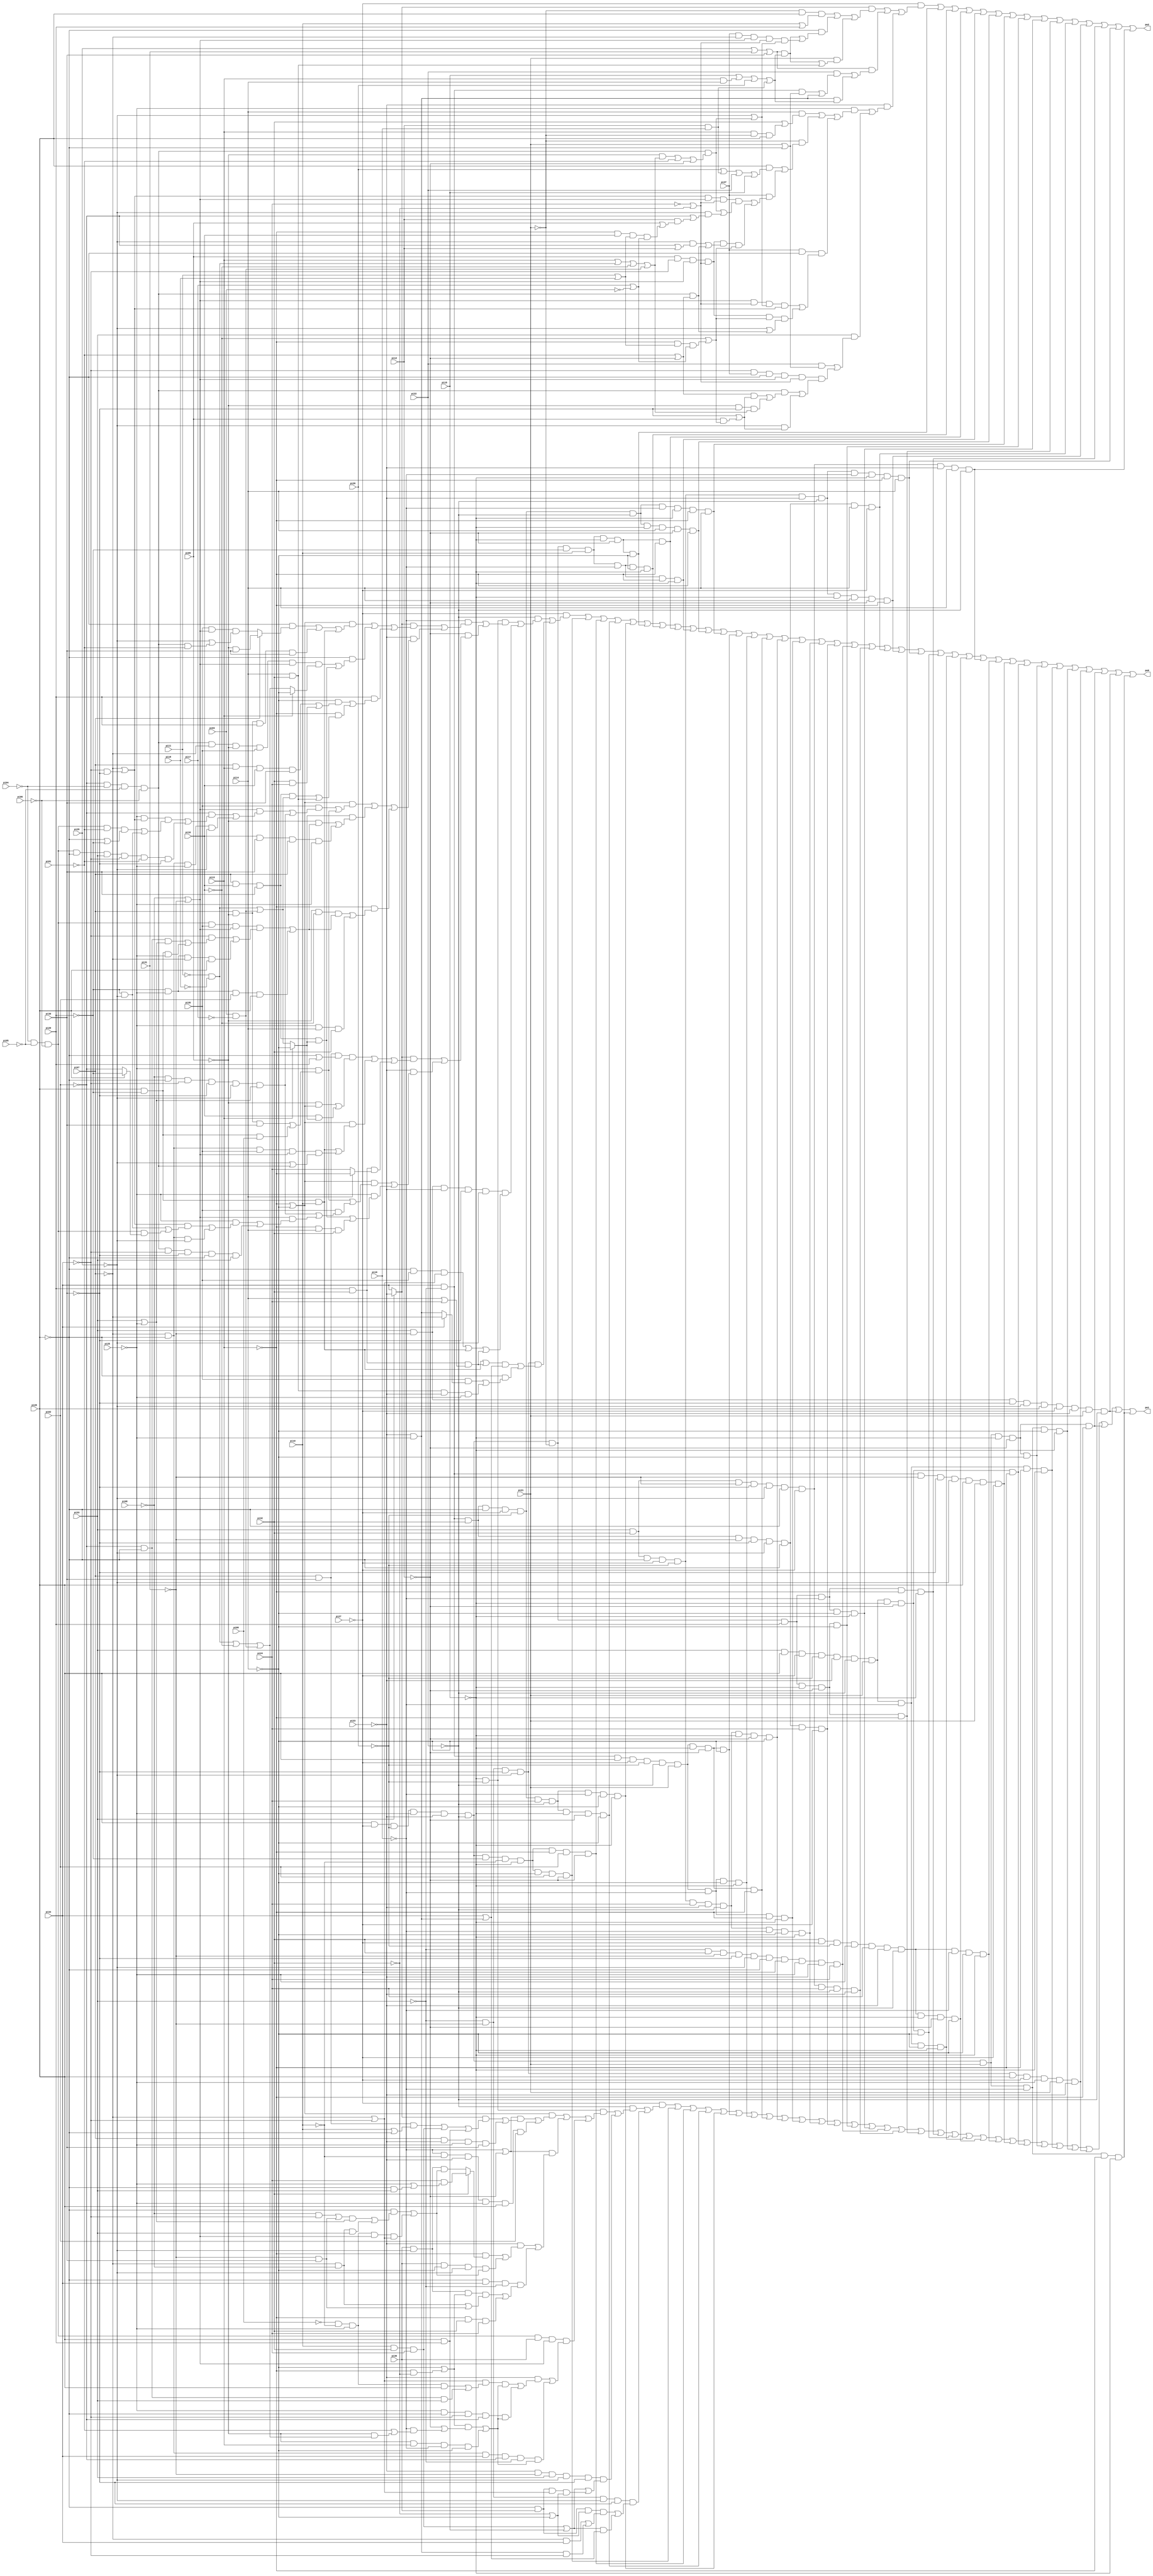
// Benchmark "too_large" written by ABC on Thu Mar 19 13:02:36 2020

module too_large ( 
    pi00, pi01, pi02, pi03, pi04, pi05, pi06, pi07, pi08, pi09, pi10, pi11,
    pi12, pi13, pi14, pi15, pi16, pi17, pi18, pi19, pi20, pi21, pi22, pi23,
    pi24, pi25, pi26, pi27, pi28, pi29, pi30, pi31, pi32, pi33, pi34, pi35,
    pi36, pi37,
    po0, po1, po2  );
  input  pi00, pi01, pi02, pi03, pi04, pi05, pi06, pi07, pi08, pi09,
    pi10, pi11, pi12, pi13, pi14, pi15, pi16, pi17, pi18, pi19, pi20, pi21,
    pi22, pi23, pi24, pi25, pi26, pi27, pi28, pi29, pi30, pi31, pi32, pi33,
    pi34, pi35, pi36, pi37;
  output po0, po1, po2;
  wire new_n45_, new_n46_, new_n47_, new_n48_, new_n49_, new_n50_, new_n51_,
    new_n52_, new_n53_, new_n54_, new_n55_, new_n56_, new_n57_, new_n58_,
    new_n59_, new_n60_, new_n61_, new_n62_, new_n63_, new_n64_, new_n65_,
    new_n66_, new_n67_, new_n68_, new_n69_, new_n70_, new_n71_, new_n72_,
    new_n73_, new_n74_, new_n75_, new_n76_, new_n77_, new_n78_, new_n79_,
    new_n80_, new_n81_, new_n82_, new_n83_, new_n84_;
  assign po0 = (~pi27 & ((~pi22 & ((~pi15 & ~pi26 & ((~pi16 & (((pi33 ? ~pi23 : pi34) & (((~pi13 | ~pi14) & ((~pi28 & (pi07 ? (~pi09 & pi30) : (pi35 & (~pi08 | ~pi31) & (~pi29 | (~pi02 & ~pi04 & ~pi05 & ~pi06 & ~pi01))))) | (pi07 & ~pi09 & pi20 & pi30) | (pi28 & ~pi20 & pi19))) | (~pi28 & ((~pi02 & ~pi04 & ~pi05 & ~pi06 & ~pi07 & ~pi09 & pi35 & (~pi08 | ~pi31) & (pi13 ? ~pi14 : ((~pi11 & ~pi18) | ~pi10 | (pi03 & ~pi17)))) | (pi07 & pi10 & pi30 & (pi13 ? ~pi14 : ((~pi11 & ~pi18) | (pi03 & ~pi17)))))) | (pi20 & ((~pi14 & ((pi07 & pi13 & pi10 & pi30) | (pi32 & pi24))) | (~pi13 & ((pi07 & pi10 & pi30 & ((~pi11 & ~pi18) | (pi03 & ~pi17))) | (pi14 & pi32))))))) | (~pi23 & (((~pi13 | ~pi14) & ((pi35 & (((~pi08 | ~pi31) & ((~pi02 & ((~pi25 & (~pi07 | (~pi34 & ~pi30)) & ((~pi04 & ~pi05 & ~pi06 & ~pi01 & (~pi28 | ~pi20)) | (~pi20 & ~pi29))) | (~pi04 & ~pi05 & ~pi06 & ~pi28 & pi33 & ~pi34 & ~pi01 & ~pi30))) | (~pi07 & ~pi28 & ~pi25 & ~pi29))) | (~pi08 & ~pi28 & ~pi34 & ~pi30 & ~pi29 & (pi33 | ~pi25)))) | (~pi25 & ((pi07 & ~pi09 & pi30) | (pi28 & ~pi20 & pi00))))) | ((pi13 ? ~pi14 : ((~pi11 & ~pi18) | (pi03 & ~pi17))) & ((~pi09 & ((~pi04 & ~pi05 & ~pi06 & pi35 & (~pi08 | ~pi31) & ((~pi34 & ((~pi02 & ~pi28 & (pi33 | ~pi25)) | (pi28 & ~pi20 & ~pi25))) | (~pi20 & ~pi25 & ~pi07 & pi28))) | (~pi20 & ~pi25 & pi02 & pi28))) | (pi10 & pi30 & pi07 & ~pi25))) | (~pi13 & ((~pi09 & ~pi10 & ((~pi04 & ~pi05 & ~pi06 & pi35 & (~pi08 | ~pi31) & ((~pi34 & ((~pi02 & ~pi28 & (pi33 | ~pi25)) | (pi28 & ~pi20 & ~pi25))) | (~pi20 & ~pi25 & ~pi07 & pi28))) | (~pi20 & ~pi25 & pi02 & pi28))) | (~pi25 & pi14 & pi32))))))) | (~pi12 & (((pi33 ? ~pi23 : pi34) & ((pi07 & pi30 & (~pi28 | pi20) & ((~pi09 & (~pi13 | ~pi14)) | (pi10 & (pi13 ? ~pi14 : ((~pi11 & ~pi18) | (pi03 & ~pi17)))))) | ((~pi13 | ~pi14) & ((pi28 & ~pi20 & pi19) | (~pi07 & ~pi28 & pi35 & (~pi08 | ~pi31) & (~pi29 | (~pi02 & ~pi04 & ~pi05 & ~pi06))))) | (pi20 & pi32 & (pi14 ? ~pi13 : pi24)))) | (~pi23 & (((~pi13 | ~pi14) & ((~pi25 & ((pi07 & ~pi09 & pi30) | (pi28 & ~pi20 & pi00))) | (pi35 & ((~pi08 & ~pi28 & ~pi34 & ~pi30 & ~pi29 & (pi33 | ~pi25)) | ((~pi08 | ~pi31) & ((~pi25 & (((~pi07 | (~pi34 & ~pi30)) & ((~pi20 & ~pi29) | (~pi04 & ~pi05 & ~pi06 & (pi28 ? ~pi20 : ~pi02)))) | (~pi07 & ~pi28 & ~pi29))) | (~pi02 & ~pi04 & ~pi05 & ~pi06 & ~pi34 & ~pi30 & ~pi28 & pi33))))))) | (~pi25 & ((pi07 & pi10 & pi30 & (pi13 ? ~pi14 : ((~pi11 & ~pi18) | (pi03 & ~pi17)))) | (~pi13 & pi14 & pi32))))))))) | (pi33 & ~pi31 & ~pi23 & ~pi30 & ~pi29 & ((~pi28 & pi35 & (~pi07 | ~pi34)) | (pi28 & ~pi20 & pi19) | (pi20 & pi32 & (pi14 | pi24)))))) | (~pi33 & ~pi31 & ~pi30 & ~pi29 & ((((pi28 & ~pi20 & pi19) | (pi20 & pi32 & (pi14 | pi24))) & (pi34 | (~pi23 & ~pi25))) | (~pi28 & ((pi35 & (pi34 ? ~pi07 : (~pi23 & ~pi25))) | (pi14 & pi32 & ~pi23 & ~pi25))))))) | new_n45_ | new_n46_ | new_n47_ | new_n48_ | new_n49_ | new_n50_ | new_n51_ | new_n52_ | new_n53_ | new_n54_ | new_n55_ | new_n56_ | new_n57_ | new_n58_ | new_n59_ | new_n60_ | new_n61_ | new_n64_ | new_n65_ | new_n67_ | new_n68_ | new_n70_ | new_n71_ | new_n72_ | new_n73_ | new_n74_ | new_n75_ | new_n76_ | new_n77_ | new_n78_ | new_n79_ | new_n80_ | new_n81_ | new_n82_ | new_n83_ | new_n84_;
  assign po1 = (~pi27 & ((~pi22 & ((~pi15 & ~pi26 & (((~pi13 | ~pi14) & (((~pi16 | ~pi12) & (((pi33 ? ~pi23 : pi34) & ((pi07 & pi30 & (pi19 | ~pi28)) | (pi19 & pi32 & pi24) | (pi28 & pi20))) | (pi07 & ~pi23 & ~pi25 & pi30))) | (~pi16 & ~pi19 & ~pi23 & ~pi25 & pi28 & pi02))) | ((~pi16 | ~pi12) & ((~pi23 & ((~pi13 & (pi32 ? (pi24 & (~pi25 | (~pi28 & pi33))) : (pi36 & ~pi29 & ((~pi28 & ((((~pi08 & ~pi34) | (~pi31 & pi30)) & (~pi25 | pi33)) | (~pi07 & ~pi08 & pi33))) | (~pi00 & ~pi19 & ~pi25 & (~pi08 | ~pi31) & (~pi07 | ~pi34)))))) | (pi36 & ~pi14 & ~pi29 & ((~pi28 & ((((~pi08 & ~pi34) | (~pi31 & pi30)) & (~pi25 | pi33)) | (~pi07 & ~pi08 & pi33))) | (~pi00 & ~pi19 & ~pi25 & (~pi08 | ~pi31) & (~pi07 | ~pi34)))))) | (~pi28 & pi34 & ~pi33 & ((pi36 & ~pi29 & (~pi14 | (~pi13 & ~pi32)) & ((~pi07 & ~pi08) | (~pi31 & pi30))) | (~pi13 & pi32 & pi24))))) | (~pi04 & ~pi05 & ~pi06 & pi36 & (~pi08 | ~pi31) & ((~pi23 & (((~pi07 | ~pi34) & ((~pi00 & ~pi19 & ~pi25 & pi28) | (~pi28 & ~pi02 & pi33)) & (((~pi14 | (~pi13 & ~pi32)) & (~pi12 | (~pi16 & (~pi01 | (~pi09 & ((~pi11 & ~pi18) | ~pi10 | (pi03 & ~pi17))))))) | (~pi09 & pi13 & ~pi16 & ~pi14))) | (~pi25 & ~pi28 & ~pi34 & ~pi02 & (((~pi14 | (~pi13 & ~pi32)) & (~pi12 | (~pi16 & (~pi01 | (~pi09 & ((~pi11 & ~pi18) | ~pi10 | (pi03 & ~pi17))))))) | (~pi09 & pi13 & ~pi16 & ~pi14))))) | (~pi07 & ~pi28 & pi34 & ~pi02 & ~pi33 & (((~pi14 | (~pi13 & ~pi32)) & (~pi12 | (~pi16 & (~pi01 | (~pi09 & ((~pi11 & ~pi18) | ~pi10 | (pi03 & ~pi17))))))) | (~pi09 & pi13 & ~pi16 & ~pi14))))))) | (~pi23 & ~pi31 & pi33 & ~pi29 & ~pi30 & ((pi19 & pi32 & pi24) | (pi28 & pi20) | (~pi28 & pi36 & (~pi07 | ~pi34) & (~pi32 | ~pi14)))))) | (~pi31 & ~pi33 & ~pi29 & ~pi30 & ((~pi28 & pi36 & (~pi32 | ~pi14) & ((~pi07 & pi34) | (~pi23 & ~pi25 & ~pi34))) | (((pi19 & pi32 & pi24) | (pi28 & pi20)) & (pi34 | (~pi23 & ~pi25))))))) | new_n45_ | new_n46_ | new_n47_ | new_n48_ | new_n55_ | new_n56_ | new_n57_ | new_n58_ | new_n59_ | new_n60_ | new_n61_ | new_n62_ | new_n63_ | new_n64_ | new_n65_ | new_n66_ | new_n69_ | new_n71_ | new_n72_ | new_n73_ | new_n75_ | new_n76_ | new_n77_ | new_n78_ | new_n79_ | new_n80_ | new_n81_ | new_n82_ | new_n83_ | new_n84_;
  assign po2 = (~pi27 & (((pi33 ? ~pi23 : pi34) & ((~pi21 & pi28 & (pi19 | pi20)) | (~pi28 & (((pi29 | pi31 | pi30) & (pi15 | (pi13 & pi14) | pi26 | (pi12 & pi16))) | (pi37 & ~pi07 & (~pi31 | ~pi08) & (~pi24 | ~pi32) & (~pi29 | (~pi02 & ~pi04 & ~pi05 & ~pi06 & ((~pi09 & (pi13 | (~pi11 & ~pi18) | ~pi10 | (~pi17 & pi03))) | ~pi01 | ~pi12)))))) | (pi21 & (((pi29 | pi31 | pi30) & (pi15 | (pi13 & pi14) | pi26 | (pi12 & pi16))) | (pi14 & pi32))))) | ((pi29 | pi31 | pi30) & ((pi22 & ((pi34 & ~pi33 & (pi21 | ~pi28)) | (~pi23 & ~pi25))) | (~pi23 & ~pi25 & (pi15 | (pi13 & pi14) | pi26 | (pi12 & pi16))))) | (~pi23 & ((~pi25 & ((pi14 & (pi32 | (pi13 & ~pi21 & pi28))) | (~pi21 & ((pi28 & (pi26 | (pi12 & pi16) | pi22 | pi15)) | (pi37 & (((~pi07 | (~pi34 & ~pi30)) & (~pi31 | ~pi08) & (~pi24 | ~pi32) & ((~pi02 & ~pi04 & ~pi05 & ~pi06 & ((~pi09 & (pi13 | (~pi11 & ~pi18) | ~pi10 | (~pi17 & pi03))) | ~pi01 | ~pi12)) | (~pi29 & (~pi02 | (pi12 & (pi09 | (~pi13 & pi10 & (pi11 | pi18) & (pi17 | ~pi03)))))))) | (pi09 & ~pi34 & (~pi31 | ~pi08) & (~pi24 | ~pi32) & ((~pi29 & (~pi02 | pi12)) | (~pi02 & ~pi04 & ~pi05 & ~pi06 & (~pi01 | ~pi12))) & (~pi10 | (~pi13 & (pi11 | pi18) & (pi17 | ~pi03)))))))) | (pi37 & ~pi28 & (((~pi31 | ~pi08) & (~pi24 | ~pi32) & (~pi29 | (~pi02 & ~pi04 & ~pi05 & ~pi06 & ((~pi09 & (pi13 | (~pi11 & ~pi18) | ~pi10 | (~pi17 & pi03))) | ~pi01 | ~pi12))) & (~pi07 | (~pi34 & ~pi30))) | (pi09 & ~pi34 & (~pi31 | ~pi08) & (~pi24 | ~pi32) & (~pi10 | (~pi13 & (pi11 | pi18) & (pi17 | ~pi03))) & (~pi29 | (~pi02 & ~pi04 & ~pi05 & ~pi06 & (~pi01 | ~pi12)))))))) | (pi33 & ((pi22 & (pi21 | ~pi28)) | (~pi34 & pi37 & ~pi28 & (~pi31 | ~pi08) & (~pi24 | ~pi32) & ((~pi02 & ~pi04 & ~pi05 & ~pi06 & (((~pi01 | ~pi12) & (~pi30 | (pi09 & (~pi10 | (~pi13 & (pi11 | pi18) & (pi17 | ~pi03)))))) | (~pi09 & ~pi30 & (pi13 | (~pi11 & ~pi18) | ~pi10 | (~pi17 & pi03))))) | (~pi29 & (~pi30 | (pi09 & (~pi10 | (~pi13 & (pi11 | pi18) & (pi17 | ~pi03)))))))))))))) | new_n49_ | new_n50_ | new_n51_ | new_n52_ | new_n53_ | new_n54_ | new_n62_ | new_n63_ | new_n66_ | new_n67_ | new_n68_ | new_n69_ | new_n70_ | new_n74_;
  assign new_n45_ = pi28 & ~pi27 & ~pi26 & ~pi25 & ~pi23 & ~pi22 & ~pi20 & ~pi19 & ~pi15 & ~pi14 & pi02 & ~pi12;
  assign new_n46_ = pi28 & ~pi27 & ~pi26 & ~pi25 & ~pi23 & ~pi22 & ~pi20 & ~pi19 & ~pi15 & ~pi13 & pi02 & ~pi12;
  assign new_n47_ = pi34 & ~pi33 & pi32 & ~pi28 & ~pi27 & ~pi26 & pi24 & ~pi22 & ~pi15 & ~pi12 & ~pi14;
  assign new_n48_ = pi34 & ~pi33 & pi32 & ~pi28 & ~pi27 & ~pi26 & pi24 & ~pi22 & ~pi16 & ~pi14 & ~pi15;
  assign new_n49_ = pi28 & ~pi27 & ~pi26 & ~pi25 & ~pi23 & ~pi22 & ~pi21 & ~pi20 & pi19 & ~pi15 & ~pi12 & ~pi14;
  assign new_n50_ = pi28 & ~pi27 & ~pi26 & ~pi25 & ~pi23 & ~pi22 & ~pi21 & ~pi20 & pi19 & ~pi16 & ~pi14 & ~pi15;
  assign new_n51_ = pi28 & ~pi27 & ~pi26 & ~pi25 & ~pi23 & ~pi22 & ~pi21 & ~pi20 & pi19 & ~pi15 & ~pi12 & ~pi13;
  assign new_n52_ = pi28 & ~pi27 & ~pi26 & ~pi25 & ~pi23 & ~pi22 & ~pi21 & ~pi20 & pi19 & ~pi16 & ~pi13 & ~pi15;
  assign new_n53_ = pi34 & ~pi33 & pi32 & ~pi28 & ~pi27 & ~pi26 & ~pi22 & ~pi15 & pi14 & ~pi12 & ~pi13;
  assign new_n54_ = pi34 & ~pi33 & pi32 & ~pi28 & ~pi27 & ~pi26 & ~pi22 & ~pi16 & ~pi15 & ~pi13 & pi14;
  assign new_n55_ = pi34 & ~pi33 & pi28 & ~pi27 & ~pi26 & ~pi22 & pi21 & ~pi15 & ~pi12 & ~pi14;
  assign new_n56_ = pi34 & ~pi33 & pi28 & ~pi27 & ~pi26 & ~pi22 & pi21 & ~pi16 & ~pi14 & ~pi15;
  assign new_n57_ = pi34 & ~pi33 & pi28 & ~pi27 & ~pi26 & ~pi22 & pi21 & ~pi15 & ~pi12 & ~pi13;
  assign new_n58_ = pi33 & pi32 & ~pi28 & ~pi27 & ~pi26 & pi24 & ~pi23 & ~pi22 & ~pi15 & ~pi12 & ~pi14;
  assign new_n59_ = pi34 & ~pi33 & pi28 & ~pi27 & ~pi26 & ~pi22 & pi21 & ~pi16 & ~pi13 & ~pi15;
  assign new_n60_ = pi33 & pi32 & ~pi28 & ~pi27 & ~pi26 & pi24 & ~pi23 & ~pi22 & ~pi16 & ~pi14 & ~pi15;
  assign new_n61_ = pi34 & ~pi33 & pi32 & ~pi31 & ~pi30 & ~pi29 & ~pi28 & pi24 & ~pi27;
  assign new_n62_ = pi28 & ~pi27 & ~pi26 & ~pi25 & ~pi23 & ~pi22 & ~pi21 & pi20 & ~pi15 & ~pi12 & ~pi14;
  assign new_n63_ = pi28 & ~pi27 & ~pi26 & ~pi25 & ~pi23 & ~pi22 & ~pi21 & pi20 & ~pi16 & ~pi14 & ~pi15;
  assign new_n64_ = ~pi33 & pi32 & ~pi31 & ~pi30 & ~pi29 & ~pi28 & ~pi27 & ~pi25 & ~pi23 & pi24;
  assign new_n65_ = pi33 & pi32 & ~pi31 & ~pi30 & ~pi29 & ~pi28 & ~pi27 & pi24 & ~pi22 & ~pi23;
  assign new_n66_ = pi28 & ~pi27 & ~pi26 & ~pi25 & ~pi23 & ~pi22 & ~pi21 & pi20 & ~pi15 & ~pi12 & ~pi13;
  assign new_n67_ = pi34 & ~pi33 & pi32 & ~pi31 & ~pi30 & ~pi29 & ~pi28 & pi14 & ~pi27;
  assign new_n68_ = pi33 & pi32 & ~pi28 & ~pi27 & ~pi26 & ~pi23 & ~pi22 & ~pi15 & pi14 & ~pi12 & ~pi13;
  assign new_n69_ = pi28 & ~pi27 & ~pi26 & ~pi25 & ~pi23 & ~pi22 & ~pi21 & pi20 & ~pi16 & ~pi13 & ~pi15;
  assign new_n70_ = pi33 & pi32 & ~pi28 & ~pi27 & ~pi26 & ~pi23 & ~pi22 & ~pi16 & ~pi15 & ~pi13 & pi14;
  assign new_n71_ = pi33 & pi28 & ~pi27 & ~pi26 & ~pi23 & ~pi22 & pi21 & ~pi15 & ~pi12 & ~pi14;
  assign new_n72_ = pi33 & pi28 & ~pi27 & ~pi26 & ~pi23 & ~pi22 & pi21 & ~pi16 & ~pi14 & ~pi15;
  assign new_n73_ = pi32 & ~pi27 & ~pi26 & ~pi25 & pi24 & ~pi23 & ~pi22 & ~pi15 & ~pi12 & ~pi14;
  assign new_n74_ = pi33 & pi32 & ~pi31 & ~pi30 & ~pi29 & ~pi28 & ~pi27 & ~pi23 & pi14 & ~pi22;
  assign new_n75_ = pi32 & ~pi27 & ~pi26 & ~pi25 & pi24 & ~pi23 & ~pi22 & ~pi16 & ~pi14 & ~pi15;
  assign new_n76_ = pi34 & ~pi33 & ~pi31 & ~pi30 & ~pi29 & pi28 & pi21 & ~pi27;
  assign new_n77_ = pi33 & pi28 & ~pi27 & ~pi26 & ~pi23 & ~pi22 & pi21 & ~pi15 & ~pi12 & ~pi13;
  assign new_n78_ = pi28 & ~pi27 & ~pi26 & ~pi25 & ~pi23 & ~pi22 & pi21 & ~pi15 & ~pi12 & ~pi14;
  assign new_n79_ = pi33 & pi28 & ~pi27 & ~pi26 & ~pi23 & ~pi22 & pi21 & ~pi16 & ~pi13 & ~pi15;
  assign new_n80_ = pi28 & ~pi27 & ~pi26 & ~pi25 & ~pi23 & ~pi22 & pi21 & ~pi16 & ~pi14 & ~pi15;
  assign new_n81_ = ~pi33 & ~pi31 & ~pi30 & ~pi29 & pi28 & ~pi27 & ~pi25 & pi21 & ~pi23;
  assign new_n82_ = pi28 & ~pi27 & ~pi26 & ~pi25 & ~pi23 & ~pi22 & pi21 & ~pi15 & ~pi12 & ~pi13;
  assign new_n83_ = pi33 & ~pi31 & ~pi30 & ~pi29 & pi28 & ~pi27 & ~pi23 & pi21 & ~pi22;
  assign new_n84_ = pi28 & ~pi27 & ~pi26 & ~pi25 & ~pi23 & ~pi22 & pi21 & ~pi16 & ~pi13 & ~pi15;
endmodule